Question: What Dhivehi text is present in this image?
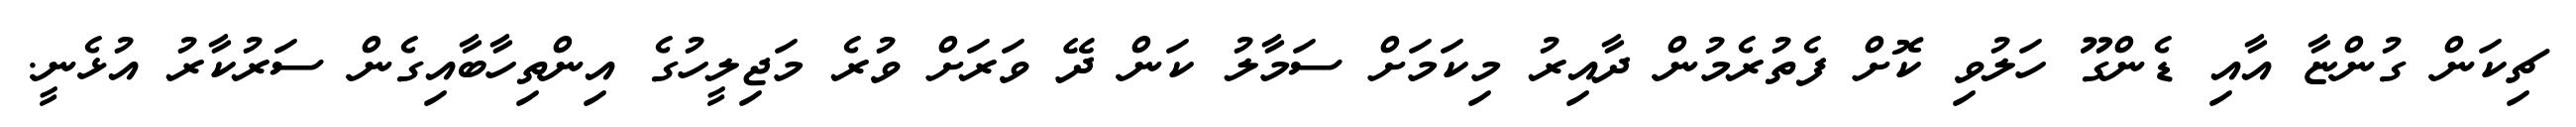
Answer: ޗިކަން ގުންޏާ އާއި ޑެންގޫ ހަލުވި ކޮށް ފެތުރެމުން ދާއިރު މިކަމަށް ސަމާލު ކަން ދޭ ވަރަށް ވުރެ މަޖިލީހުގެ އިންތިހާބާއިގެން ސަރުކާރު އުޅެނީ.